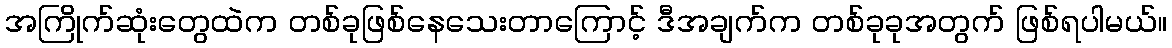
အကြိုက်ဆုံးတွေထဲက တစ်ခုဖြစ်နေသေးတာကြောင့် ဒီအချက်က တစ်ခုခုအတွက် ဖြစ်ရပါမယ်။